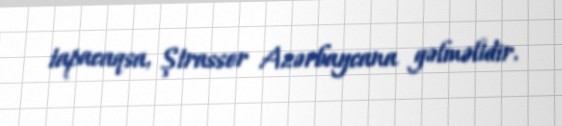
tapacaqsa, Ştrasser Azərbaycana gəlməlidir.